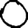
Digit: 0